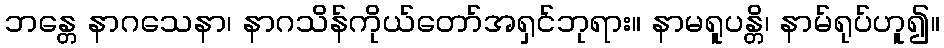
ဘန္တေ နာဂသေနာ၊ နာဂသိန်ကိုယ်တော်အရှင်ဘုရား။ နာမရူပန္တိ၊ နာမ်ရုပ်ဟူ၍။